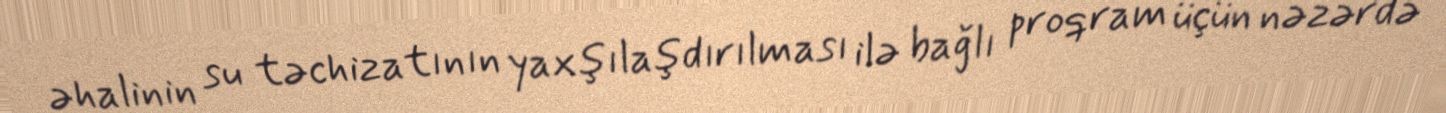
əhalinin su təchizatının yaxşılaşdırılması ilə bağlı proqram üçün nəzərdə